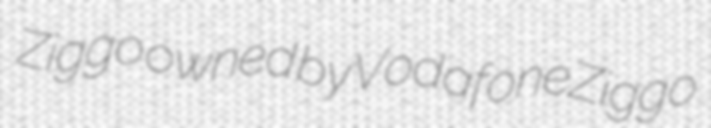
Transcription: Ziggo owned by VodafoneZiggo